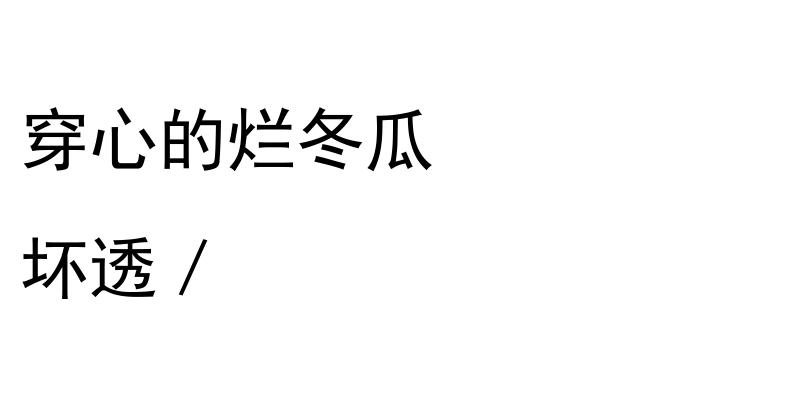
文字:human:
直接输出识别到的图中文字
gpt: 穿心的烂冬瓜 坏透／